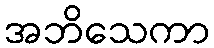
အဘိသေကာ